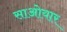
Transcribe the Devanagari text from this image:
साओयार